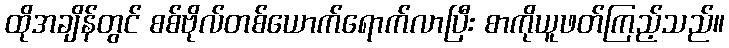
ထိုအချိန်တွင် စစ်ဗိုလ်တစ်ယောက်ရောက်လာပြီး စာကိုယူဖတ်ကြည့်သည်။